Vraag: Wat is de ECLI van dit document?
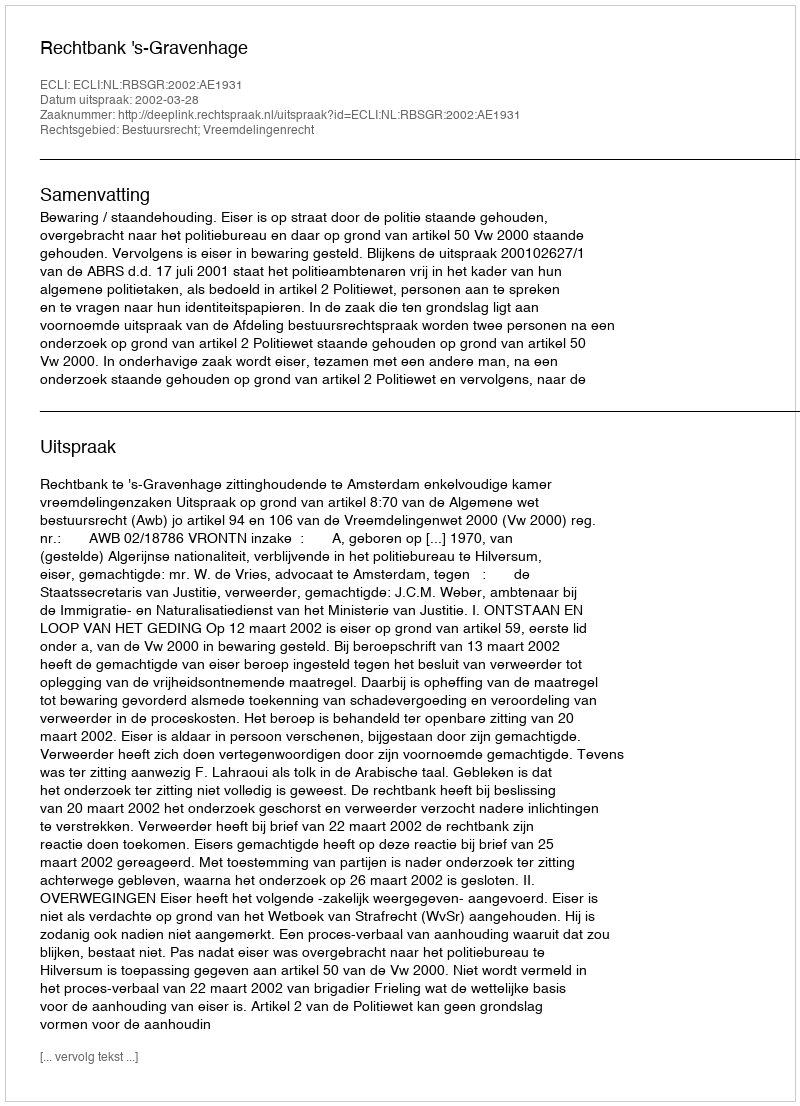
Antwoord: ECLI:NL:RBSGR:2002:AE1931